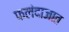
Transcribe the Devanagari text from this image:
फलंदाजात